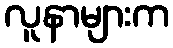
လူနာများက